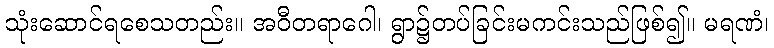
သုံးဆောင်ရစေသတည်း။ အဝီတရာဂေါ၊ ရွာ၌တပ်ခြင်းမကင်းသည်ဖြစ်၍။ မရဏံ၊